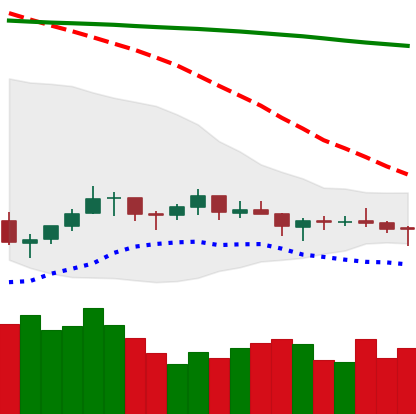
Ticker: LTC-USD
Chart end date: 2021-07-14
Forward return: -13.656%
Label: down_7plus